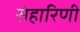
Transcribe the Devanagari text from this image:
संहारिणी